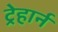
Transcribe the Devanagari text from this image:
ट्रेहार्न